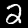
Digit: 2